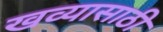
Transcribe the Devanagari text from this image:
खव्यासाठी